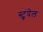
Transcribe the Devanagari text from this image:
स्टुंपेल